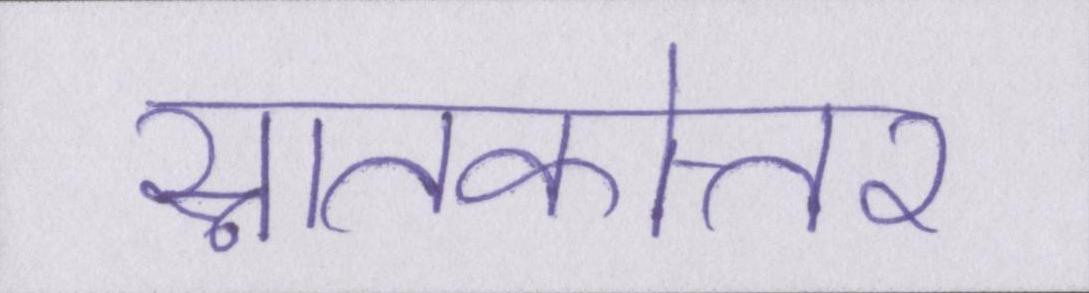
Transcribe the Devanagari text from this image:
स्नातकोत्तर